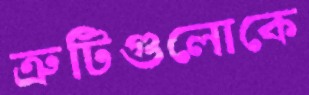
ত্রুটিগুলোকে